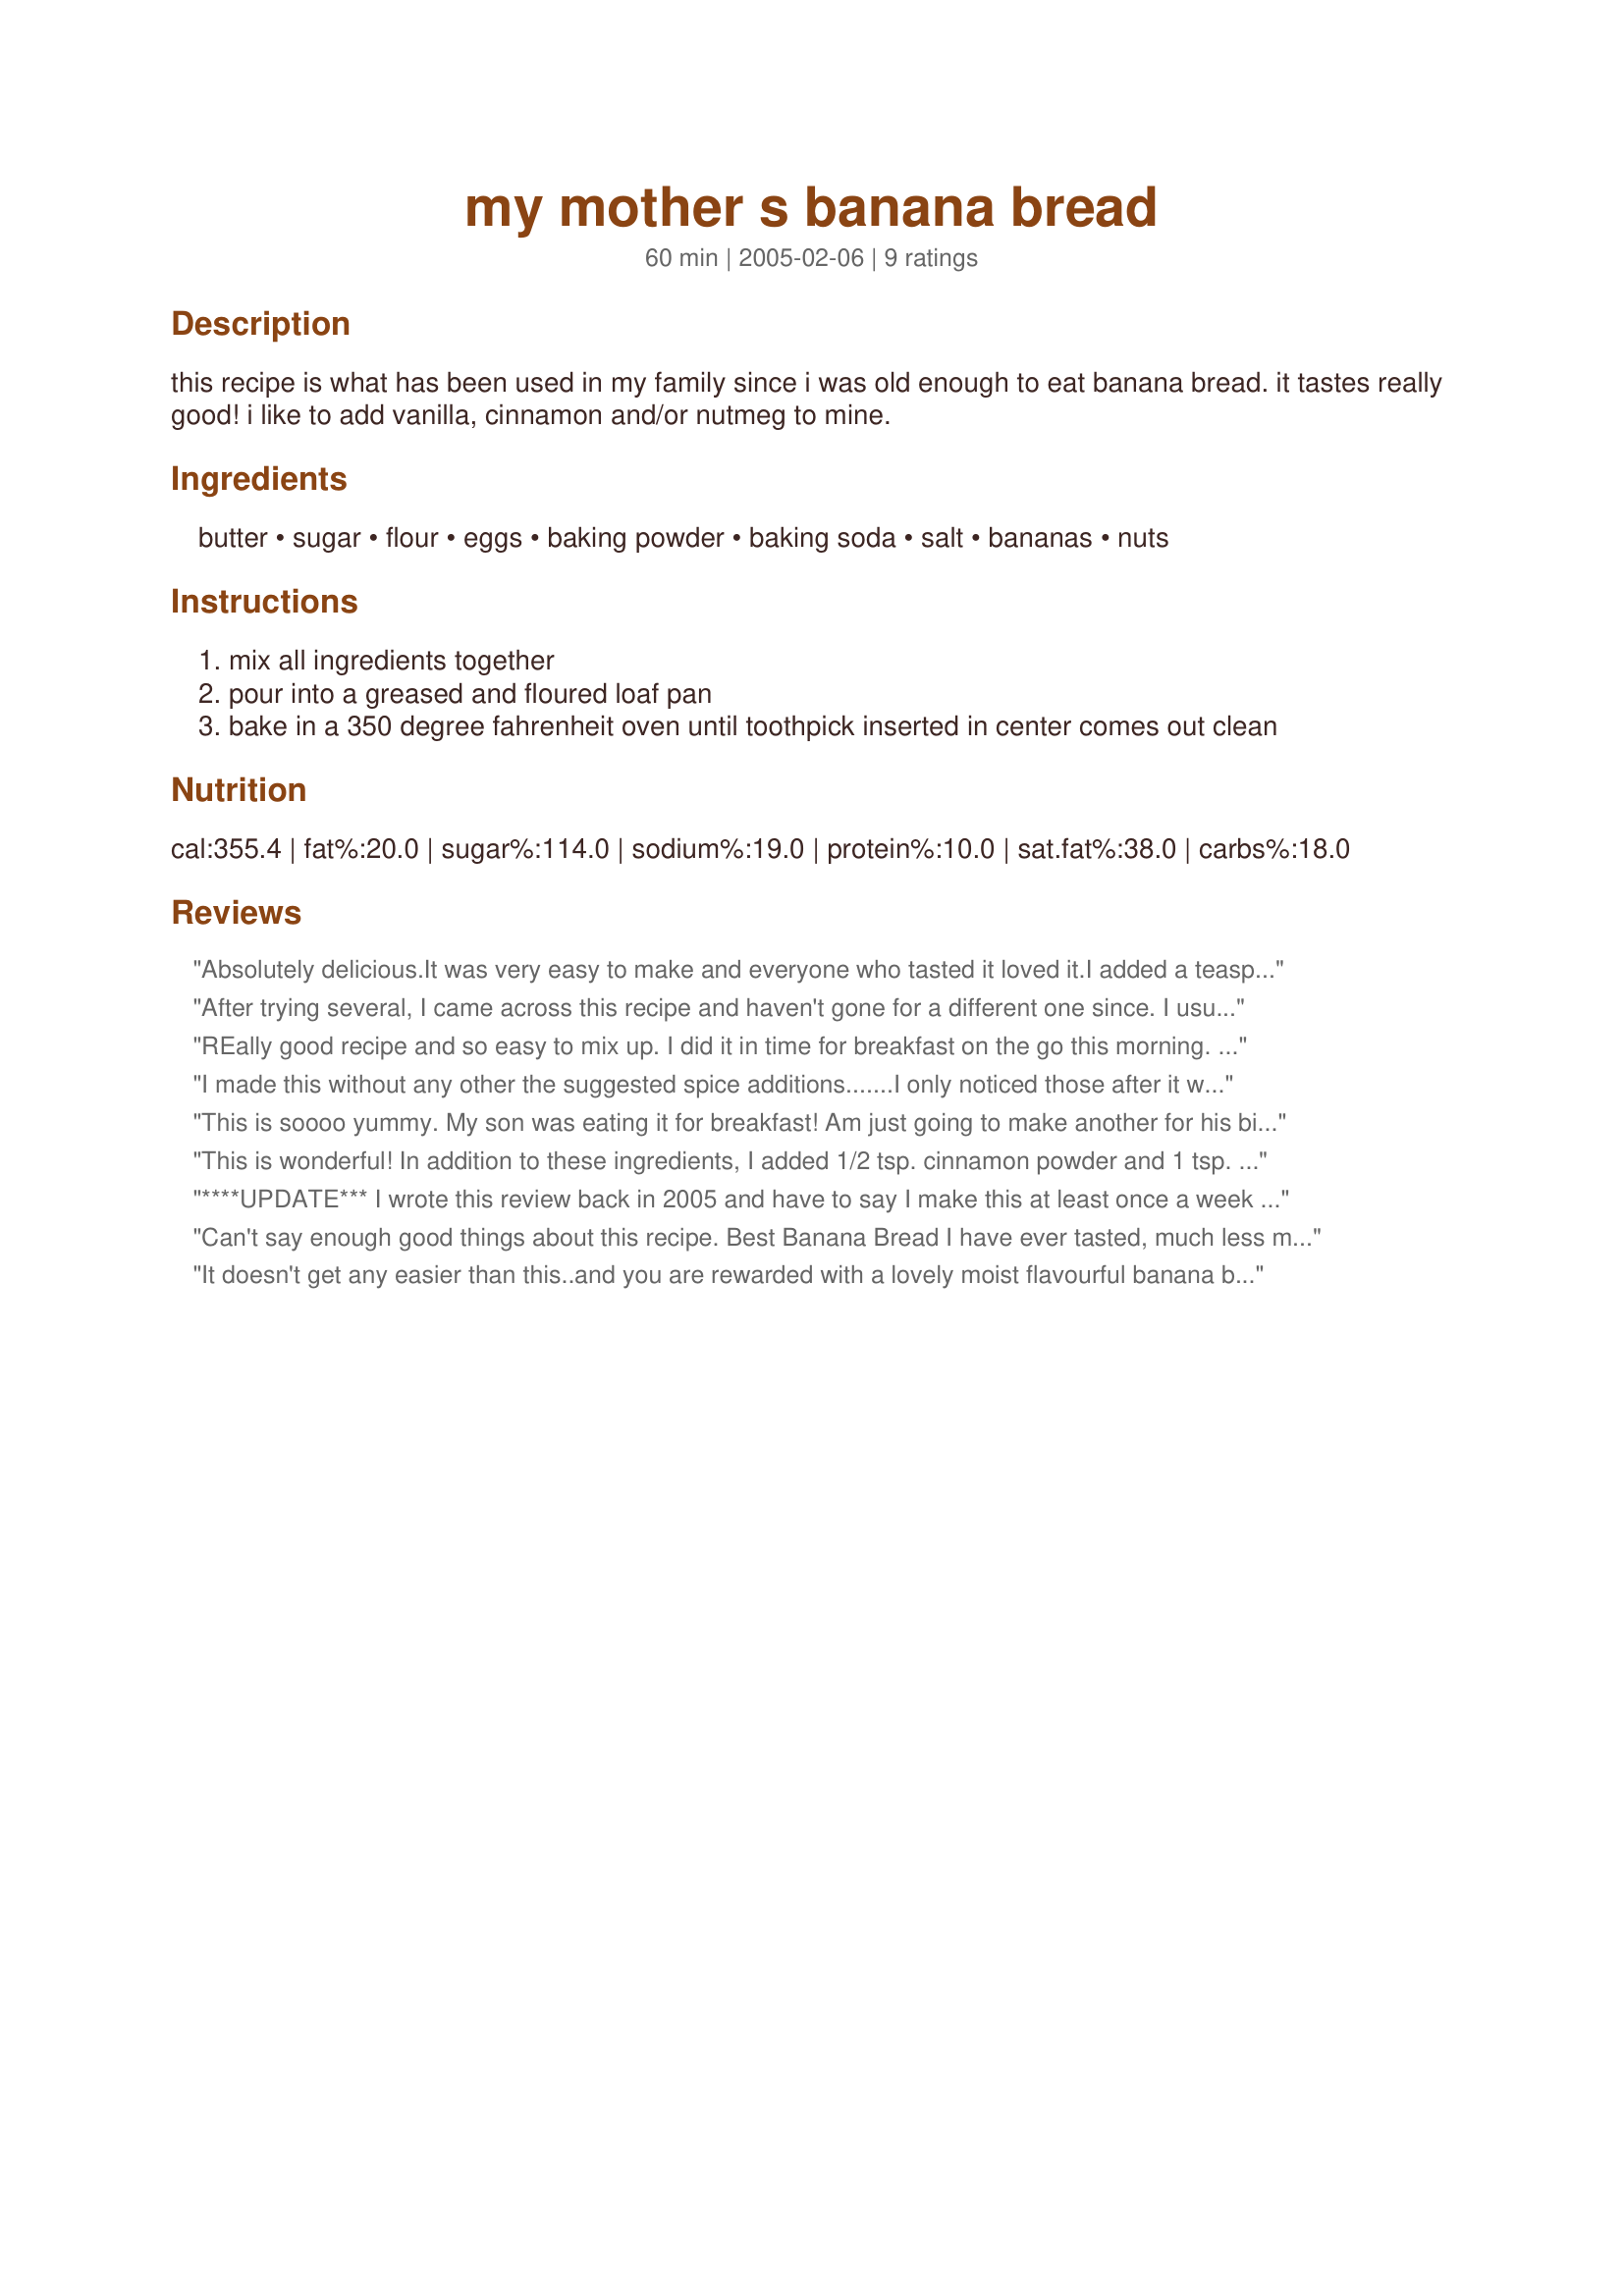
my mother s banana bread
Preparation time: 60 minutes

this recipe is what has been used in my family since i was old enough to eat banana bread. it tastes really good! i like to add vanilla, cinnamon and/or nutmeg to mine.

Ingredients:
butter, sugar, flour, eggs, baking powder, baking soda, salt, bananas, nuts

Steps:
mix all ingredients together
pour into a greased and floured loaf pan
bake in a 350 degree fahrenheit oven until toothpick inserted in center comes out clean

Reviews:
Absolutely delicious.It was very easy to make and everyone who tasted it loved it.I added a teaspoon of vanilla.
After trying several, I came across this recipe and haven't gone for a different one since. I usually use SmartBalance instead of butter, and use the recommended spices. Sometimes I also sweeten it up with chocolate chips.
REally good recipe and so easy to mix up. I did it in time for breakfast on the go this morning. I subbed apple sauce for the melted butter and no-one was the wiser. Delicious. Thanx for the recipe!
I made this without any other the suggested spice additions.......I only noticed those after it was in the oven! Anyhow, this was delicious, a lovely texture and very simple to make. Thanks for the recipe!
This is soooo yummy. My son was eating it for breakfast! Am just going to make another for his birthday cake!! Many thanks!
This is wonderful! In addition to these ingredients, I added 1/2 tsp. cinnamon powder and 1 tsp. of vanilla essence. This went very well :)
Thanks for sharing!
****UPDATE*** I wrote this review back in 2005 and have to say I make this at least once a week ... this is my favorite dessert of all time...... What a wonderful bread!! Made it for the BF which just loved it. Everyone should try this one!! Thanks for the awesome receipe!
Can't say enough good things about this recipe. Best Banana Bread I have ever tasted, much less made--& I have eaten and made lots and lots of banana bread. I used Canola Oil rather than butter, self-rising flour and tossed in some poppy seeds. Good good bread!
It doesn't get any easier than this..and you are rewarded with a lovely moist flavourful banana bread, I used 3 ripe bananas and added a 70 gram packet of walnut pieces, delicious.
